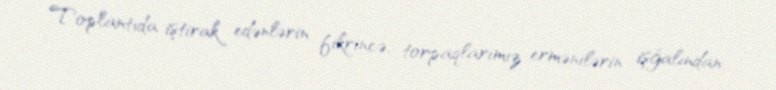
Toplantıda iştirak edənlərin fikrincə, torpaqlarımız ermənilərin işğalından